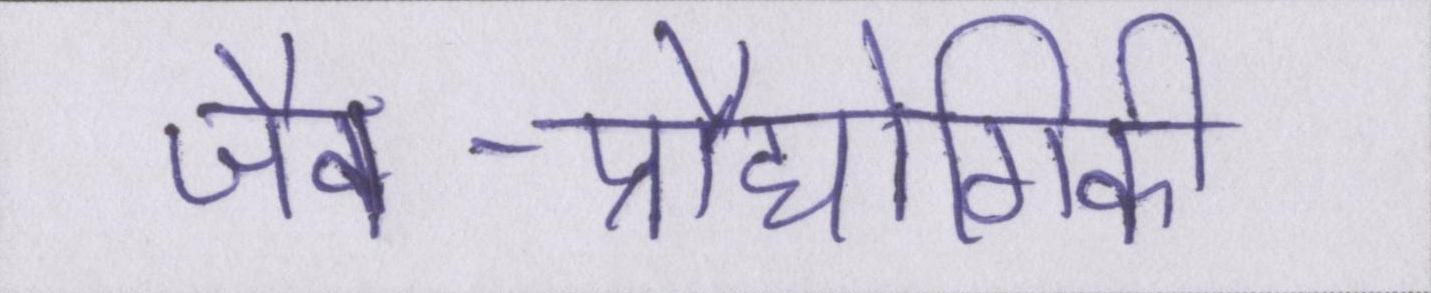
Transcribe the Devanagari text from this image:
जैव-प्रौद्योगिकी